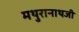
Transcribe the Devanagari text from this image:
मथुरानाथजी